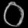
Digit: ၀